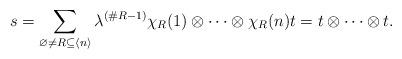
LaTeX: \begin{gather*}s = \sum_{\varnothing \neq R\subseteq \langle n \rangle}{\lambda^{(\#R-1)}\chi_R(1)\otimes \dots \otimes \chi_R(n)} t = t \otimes \dots \otimes t .\end{gather*}